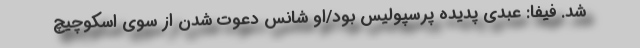
شد. فیفا: عبدی پدیده پرسپولیس بود/او شانس دعوت شدن از سوی اسکوچیچ